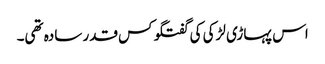
اس پہاڑی لڑکی کی گفتگو کس قدر سادہ تھی۔